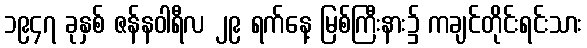
၁၉၄၇ ခုနှစ် ဇန်နဝါရီလ ၂၉ ရက်နေ့ မြစ်ကြီးနား၌ ကချင်တိုင်းရင်းသား